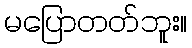
မပြောတတ်ဘူး။